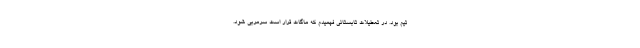
تیم بود. در تعطیلات تابستانی فهمیدم که ماگات قرار است سرمربی شود.